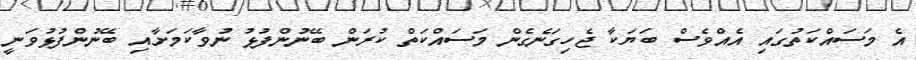
އެ މަސައްކަތުގައި އެއްވެސް ބަޔަކާ ޖެހިގަނެގެން މަސައްކަތް ކުރަން ބޭނުންފުޅު ނުވާކަމަށާއި ބޭނުންފުޅުވަނީ